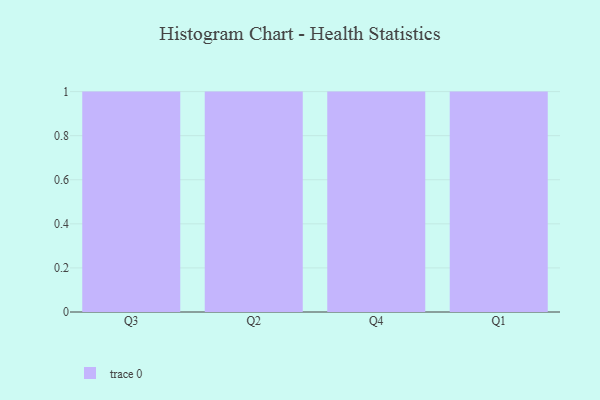
{"axis": {"x": "Quarter", "y": "Energy Usage (MWh)"}, "legend": [""], "data": [{"x": "Q3", "y": 65, "type": ""}, {"x": "Q2", "y": 25, "type": ""}, {"x": "Q4", "y": 35, "type": ""}, {"x": "Q1", "y": 45, "type": ""}]}